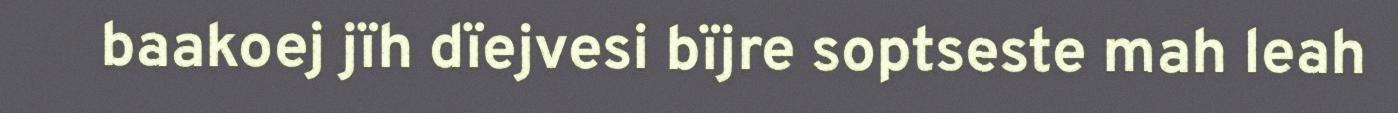
baakoej jïh dïejvesi bïjre soptseste mah leah